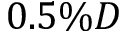
0 . 5 \% D